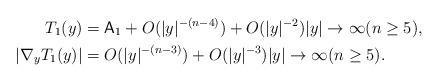
LaTeX: \begin{align*} T_1(y) &= {\sf A}_1 + O(|y|^{-(n-4)}) + O(|y|^{-2}) |y|\to\infty (n\geq5), \\ |\nabla_yT_1(y)| &= O(|y|^{-(n-3)}) + O(|y|^{-3}) |y|\to\infty (n\geq5). \end{align*}